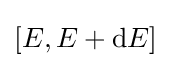
[E,E+\mathrm {d} E]